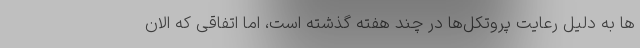
ها به دلیل رعایت پروتکل‌ها در چند هفته گذشته است، اما اتفاقی که الان